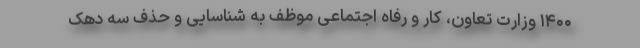
۱۴۰۰ وزارت تعاون، کار و رفاه اجتماعی موظف به شناسایی و حذف سه دهک